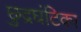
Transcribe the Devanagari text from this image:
छुद्रघंटिका